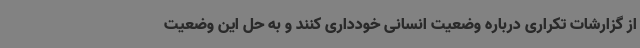
از گزارشات تکراری درباره وضعیت انسانی خودداری کنند و به حل این وضعیت